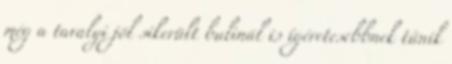
még a tavalyi jól sikerült bulinál is ígéretesebbnek tűnik